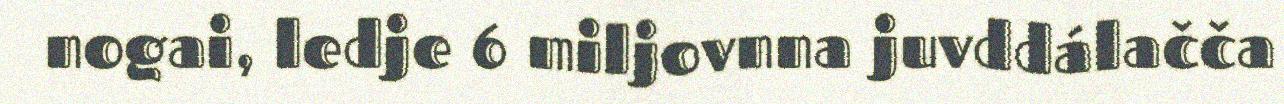
nogai, ledje 6 miljovnna juvddálačča